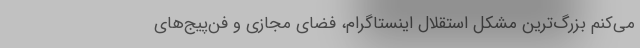
می‌کنم بزرگ‌ترین مشکل استقلال اینستاگرام، فضای مجازی و فن‌پیج‌های